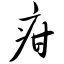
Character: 疳